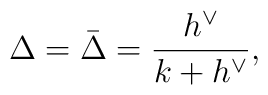
\Delta =\bar{\Delta}= \frac{h^\vee}{k+h^\vee},